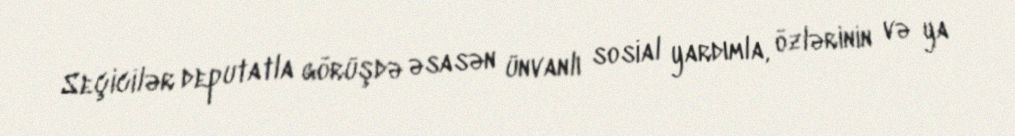
Seçicilər deputatla görüşdə əsasən ünvanlı sosial yardımla, özlərinin və ya